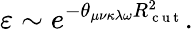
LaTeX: \varepsilon\sim e^{-\theta_{\mu\nu\kappa\lambda\omega}R_{\mathrm{~c~u~t~}}^{2}}.